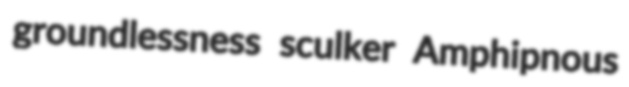
groundlessness sculker Amphipnous